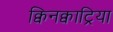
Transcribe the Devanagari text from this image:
क्विनक्वाट्रिया